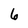
Character: 6